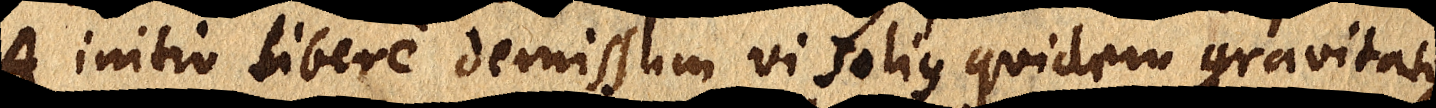
A initio libere demissum vi solis quidem gravitatis